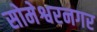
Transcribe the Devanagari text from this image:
सोमेश्वरनगर